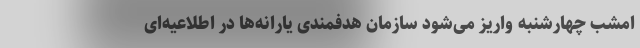
امشب چهارشنبه واریز می‌شود سازمان هدفمندی یارانه‌ها در اطلاعیه‌ای